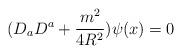
LaTeX: \begin{align*}(D_aD^a+\frac{m^2}{4R^2})\psi(x)=0\end{align*}